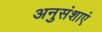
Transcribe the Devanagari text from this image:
अनुसंशाएं